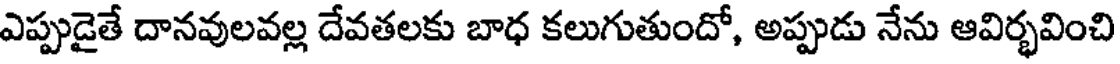
ఎప్పుడైతే దానవులవల్ల దేవతలకు బాధ కలుగుతుందో, అప్పుడు నేను ఆవిర్భవించి